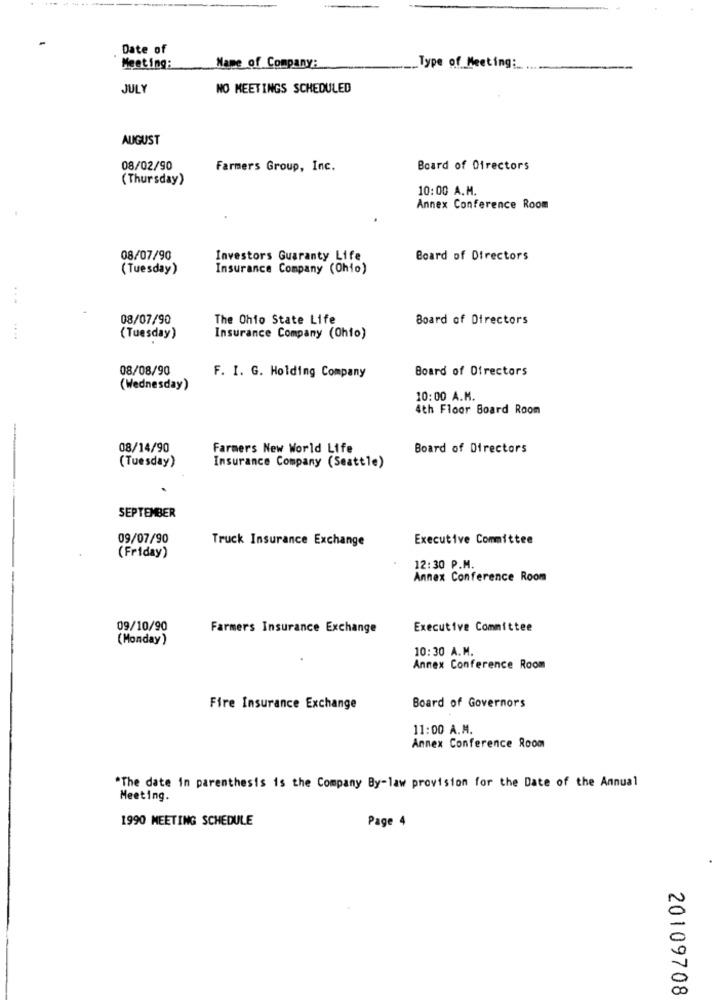
Date of
Meeting:
Name of Company:
Type of Meeting:
JULY
NO MEETINGS SCHEDULED
AUGUST
08/02/90
Farmers Group, Inc.
Board of Directors
(Thursday)
10:00 A.M.
Annex Conference Room
08/07/90
Investors Guaranty Life
Board of Directors
( Tuesday)
Insurance Company (Ohio)
08/07/90
The Ohio State Life
Board of Directors
(Tuesday)
Insurance Company (Ohio)
08/08/90
Board of Directors
F. I. G. Holding Company
(Wednesday)
10:00 A.M.
4th Floor Board Room
08/14/90
Farmers New World Life
Board of Directors
(Tuesday)
Insurance Company (Seattle)
SEPTEMBER
09/07/90
Truck Insurance Exchange
Executive Committee
(Friday)
12:30 P.M.
Annex Conference Room
09/10/90
Farmers Insurance Exchange
Executive Committee
(Monday)
10:30 A.M.
Annex Conference Room
Board of Governors
Fire Insurance Exchange
11:00 A.M.
Annex Conference Room
"The date in parenthesis is the Company By-law provision for the Date of the Annual
Meeting.
1990 MEETING SCHEDULE
Page 4
20109708